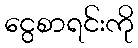
ငွေစာရင်းကို